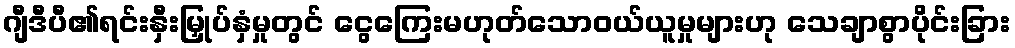
ဂျီဒီပီ၏ရင်းနှီးမြှုပ်နှံမှုတွင် ငွေကြေးမဟုတ်သောဝယ်ယူမှုများဟု သေချာစွာပိုင်းခြား